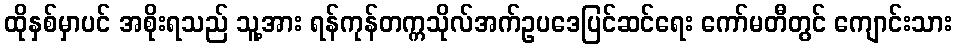
ထိုနှစ်မှာပင် အစိုးရသည် သူ့အား ရန်ကုန်တက္ကသိုလ်အက်ဥပဒေပြင်ဆင်ရေး ကော်မတီတွင် ကျောင်းသား